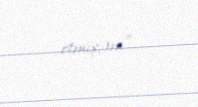
etmişəm”.